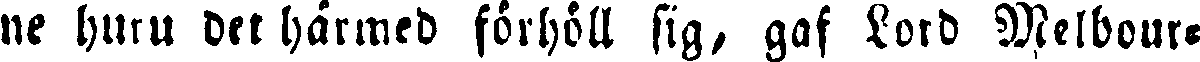
ne huru det härmed förhöll sig, gaf Lord Melbour-